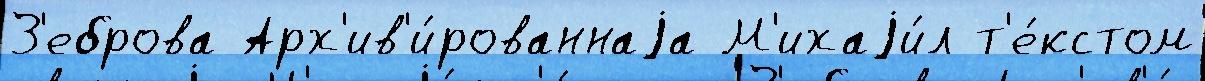
З'еброва Арх'ив'и́рованнаjа М'ихаjи́л т'е́кстом